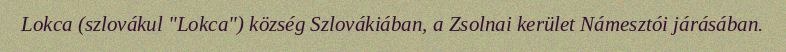
Lokca (szlovákul "Lokca") község Szlovákiában, a Zsolnai kerület Námesztói járásában.